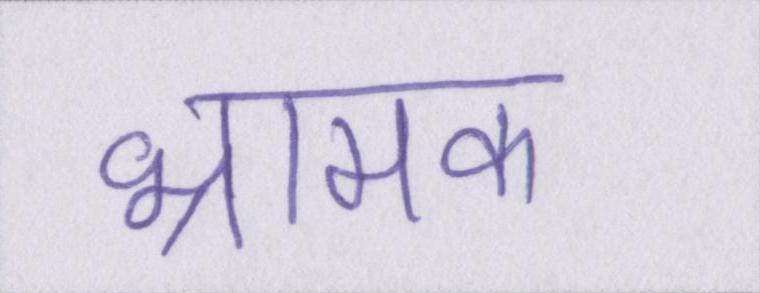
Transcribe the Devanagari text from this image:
भ्रामक